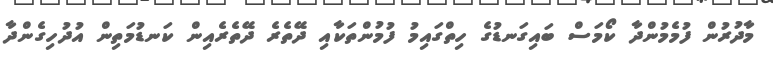
މާދުރުން ފުމެމުންދާ ކޯމަސް ބައިގަނޑުގެ ހިތްގައިމު ފުމުންތަކާއި ދޭތެރެ ދޭތެރެއިން ކަނޑުމަތިން އުދުހިގެންދާ